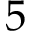
5